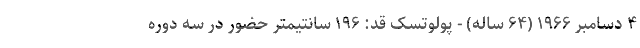
۴ دسامبر ۱۹۶۶ (۶۴ ساله) - پولوتسک قد: ۱۹۶ سانتیمتر حضور در سه دوره